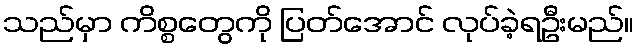
သည်မှာ ကိစ္စတွေကို ပြတ်အောင် လုပ်ခဲ့ရဦးမည်။